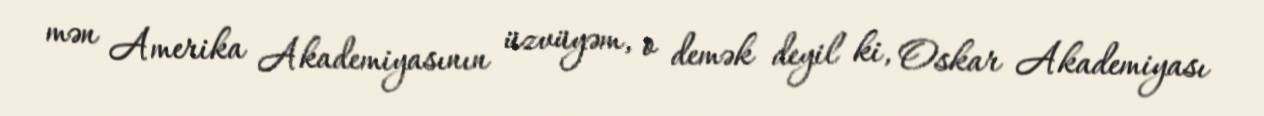
mən Amerika Akademiyasının üzvüyəm, o demək deyil ki, Oskar Akademiyası